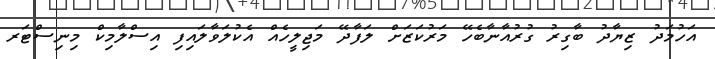
އަހުމަދު ޒިޔާދު ބާގިރު ގުރުއާނާބެހޭ މަރުކަޒަށް ލަފާދޭ މަޖިލީހެއް އެކުލަވާލައިފި އިސްލާމިކް މިނިސްޓަރ